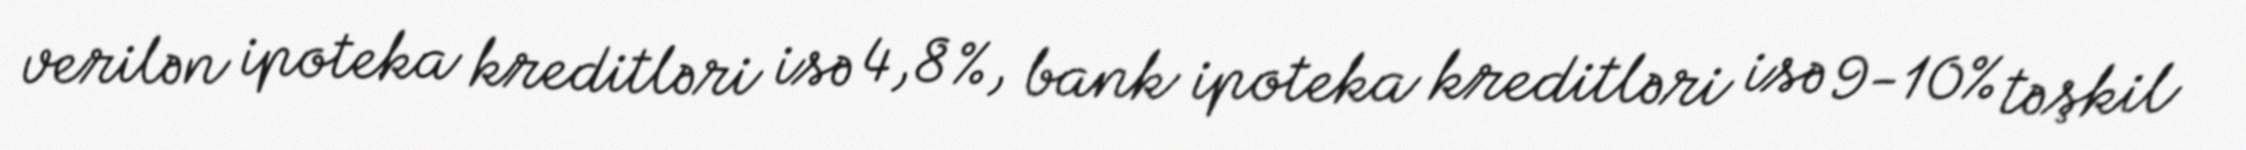
verilən ipoteka kreditləri isə 4,8 %, bank ipoteka kreditləri isə 9-10% təşkil